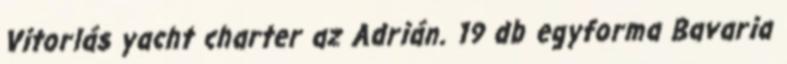
Vitorlás yacht charter az Adrián. 19 db egyforma Bavaria